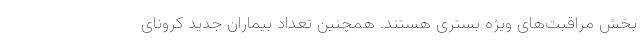
بخش مراقبت‌های ویژه بستری هستند. همچنین تعداد بیماران جدید کرونای